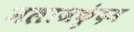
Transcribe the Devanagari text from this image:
मलाजकुंदम